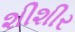
શીશીર